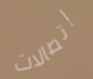
إتصالات